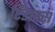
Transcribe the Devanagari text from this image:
रिडाक्स